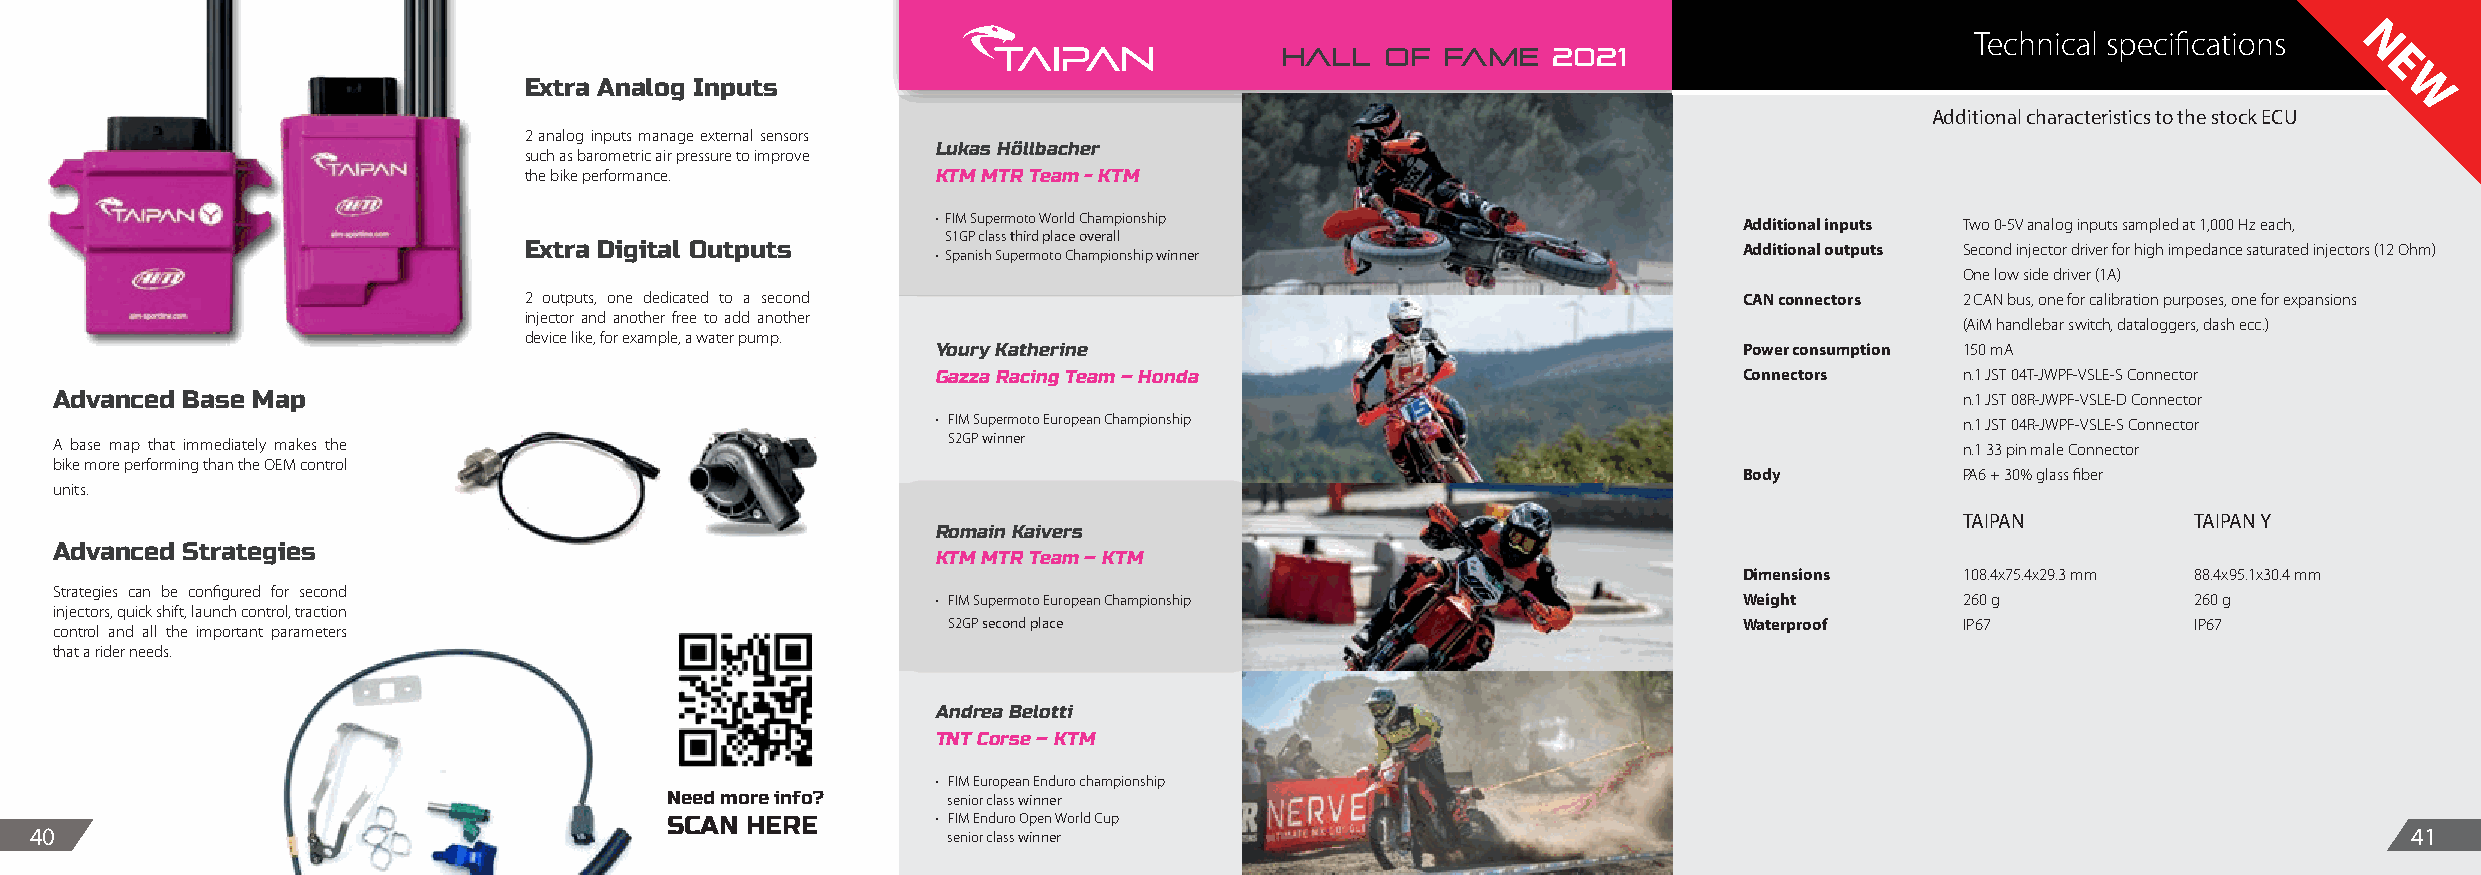
Technical specifications
 N
 HALL   OF  FAME   2021
 E
 Extra Analog Inputs
 W
 Additional characteristics to the stock ECU
 2 analog inputs manage external sensors
 Lukas Höllbacher
 such as barometric air pressure to improve
 the bike performance.      KTM MTR Team - KTM
 • FIM Supermoto World Championship                   Additional inputs Two 0-5V analog inputs sampled at 1,000 Hz each,
 S1GP class third place overall
 Extra Digital Outputs                                                           Additional outputs Second injector driver for high impedance saturated injectors (12 Ohm)
 • Spanish Supermoto Championship winner
 One low side driver (1A)
 2 outputs, one dedicated to a second                                            CAN connectors 2 CAN bus, one for calibration purposes, one for expansions
 injector and another free to add another
 (AiM handlebar switch, dataloggers, dash ecc.)
 device like, for example, a water pump.
 Youry Katherine                                      Power consumption 150 mA
 Gazza Racing Team – Honda                            Connectors     n.1 JST 04T-JWPF-VSLE-S Connector
 Advanced Base Map                                                                                                             n.1 JST 08R-JWPF-VSLE-D Connector
 • FIM Supermoto European Championship                               n.1 JST 04R-JWPF-VSLE-S Connector
 A base map that immediately makes the                      S2GP winner                                                        n.1 33 pin male Connector
 bike more performing than the OEM control
 Body           PA6 + 30% glass fiber
 units.
 TAIPAN         TAIPAN Y
 Romain Kaivers
 Advanced Strategies
 KTM MTR Team – KTM
 Dimensions     108.4x75.4x29.3 mm 88.4x95.1x30.4 mm
 Strategies can be configured for second
 • FIM Supermoto European Championship                Weight         260 g          260 g
 injectors, quick shift, launch control, traction
 S2GP second place                                   Waterproof     IP67           IP67
 control and all the important parameters
 that a rider needs.
 Andrea Belotti
 TNT Corse – KTM
 • FIM European Enduro championship
 Need more info?    senior class winner
 SCAN HERE         • FIM Enduro Open World Cup
 40                                                           senior class winner                                                                              41